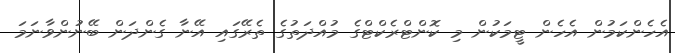
އެހެންކަމުން އެހެން ޓީމަކުން މި ކޮންޓްރެކްޓްގެ މުއްދަތުގެ ތެރޭގައި އޭނާ ގެންދަން ބޭނުންވާނަމަ